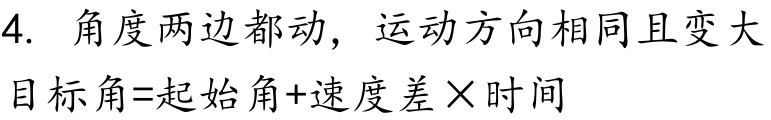
4. 角度两边都动，运动方向相同且变大
目标角=起始角+速度差×时间